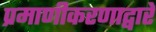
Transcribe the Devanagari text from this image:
प्रमाणीकरणाद्वारे